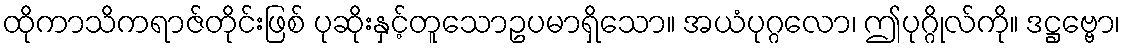
ထိုကာသိကရာဇ်တိုင်းဖြစ် ပုဆိုးနှင့်တူသောဥပမာရှိသော။ အယံပုဂ္ဂလော၊ ဤပုဂ္ဂိုလ်ကို။ ဒဋ္ဌဗ္ဗော၊